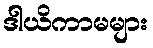
ဒါယိကာမများ